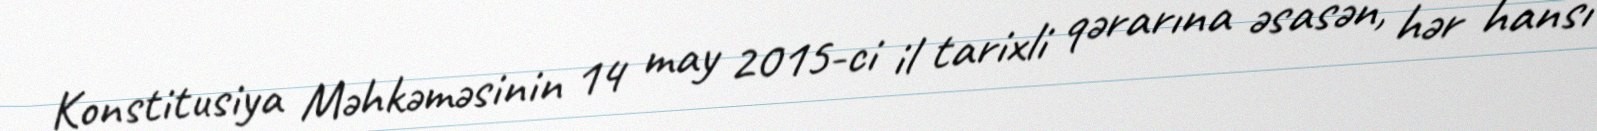
Konstitusiya Məhkəməsinin 14 may 2015-ci il tarixli qərarına əsasən, hər hansı